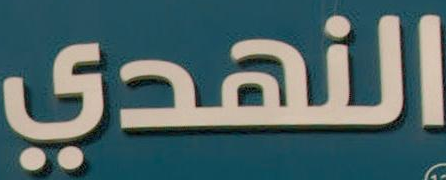
النهدي